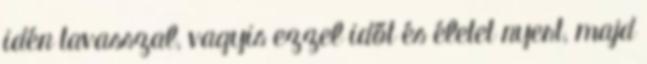
idén tavasszal, vagyis ezzel időt és életet nyert, majd